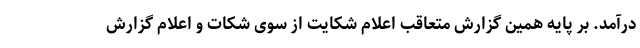
درآمد. بر پایه همین گزارش متعاقب اعلام شکایت از سوی شکات و اعلام گزارش